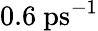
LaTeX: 0.6~\mathrm{ps^{-1}}